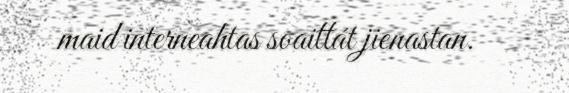
maid interneahtas soaittát jienastan.